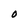
Character: O